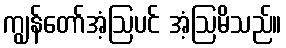
ကျွန်တော်အံ့ဩပင် အံ့ဩမိသည်။